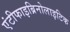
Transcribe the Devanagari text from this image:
एंटीफाइब्रिनोलाइटिक